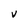
Character: V